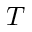
T